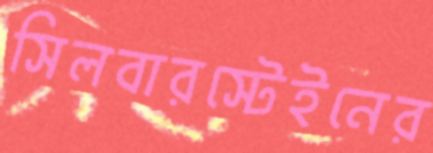
সিলবারস্টেইনের